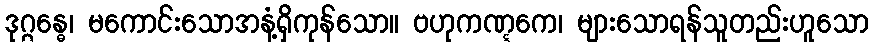
ဒုဂ္ဂန္ဓေ၊ မကောင်းသောအနံ့ရှိကုန်သော။ ဗဟုကဏ္ဋကေ၊ များသောရန်သူတည်းဟူသော